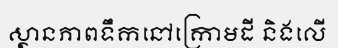
ស្ថានភាពទឹកនៅក្រោមដី និងលើ